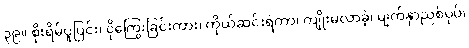
၃၉။ စိုးရိမ်ပူပြင်း၊ ငိုကြွေးခြင်းကား၊ ကိုယ်ဆင်းရဲကာ၊ ကျိုးမလာခဲ့၊ မျက်နှာညစ်ပုပ်၊